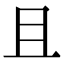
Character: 且